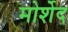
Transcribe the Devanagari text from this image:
मोर्शेद